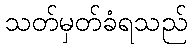
သတ်မှတ်ခံရသည်